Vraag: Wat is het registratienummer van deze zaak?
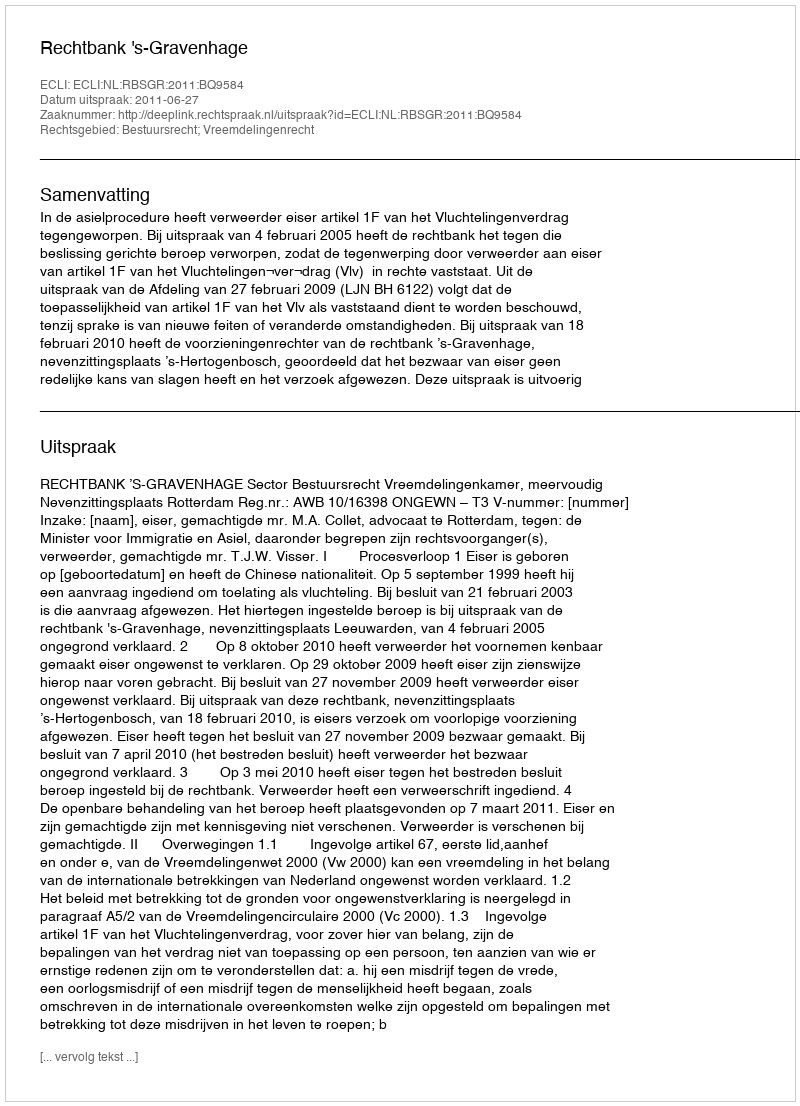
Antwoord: http://deeplink.rechtspraak.nl/uitspraak?id=ECLI:NL:RBSGR:2011:BQ9584